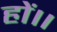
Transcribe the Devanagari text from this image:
हों।।